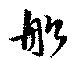
舩